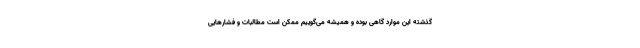
گذشته این موارد گاهی بوده و همیشه می‌گوییم ممکن است مطالبات و فشارهایی